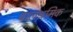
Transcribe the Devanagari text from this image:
बालश्रमिक